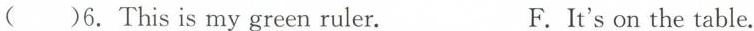
( )6.This is my green ruler. F.It's on the table.